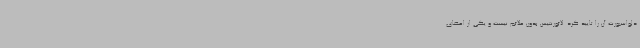
دلواسپورت آن را تایید کرد. لائورنتیس بدون علائم نیست و یکی از اعضای